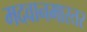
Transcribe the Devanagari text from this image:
मदवानमास्तर